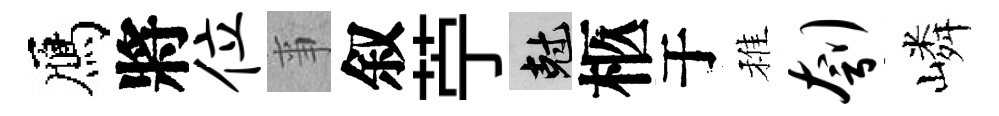
鴈將位亊叙苧剋柩于稚刳嶙